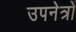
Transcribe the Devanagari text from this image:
उपनेत्रों